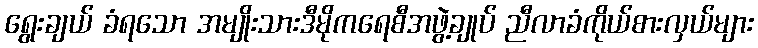
ရွေးချယ် ခံရသော အမျိုးသားဒီမိုကရေစီအဖွဲ့ချုပ် ညီလာခံကိုယ်စားလှယ်များ